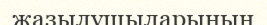
жазылушыларының